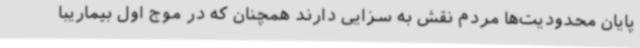
پایان محدودیت‌ها مردم نقش به سزایی دارند همچنان که در موج اول بیماریبا